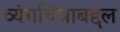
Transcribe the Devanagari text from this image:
व्यंगचित्राबद्दल